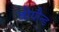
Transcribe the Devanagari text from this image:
बीयौन्ड